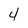
Character: 4